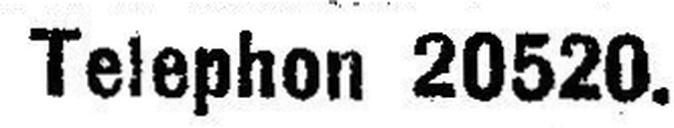
Telephon 20520.